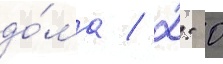
до́ма / 2: 0